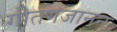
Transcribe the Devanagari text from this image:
गीतगजानन